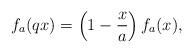
LaTeX: \begin{align*}f_a(qx)=\left(1-\dfrac{x}{a}\right)f_a(x),\end{align*}